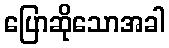
ပြောဆိုသောအခါ